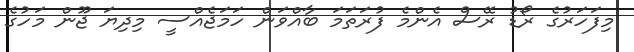
މިފަހަރުގެ ރޯޑު ރޭސް އެންމެ ފުރަތަމަ ބާއްވަން ހަމަޖެއްސީ މިދިޔަ ޖޫން މަހުގެ